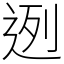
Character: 迾